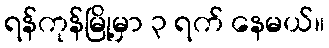
ရန်ကုန်မြို့မှာ ၃ ရက် နေမယ်။